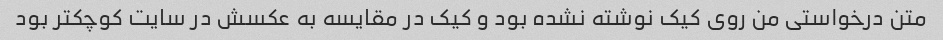
متن درخواستی من روی کیک نوشته نشده بود و کیک در مقایسه به عکسش در سایت کوچکتر بود